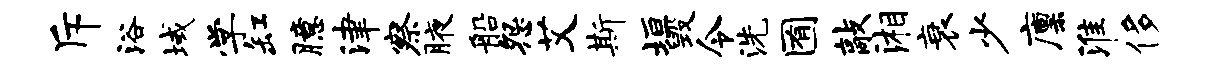
斥浴域学缸臆津察腋船怨艾斯垣毁令洗囿敲湘衰少廪淮侈